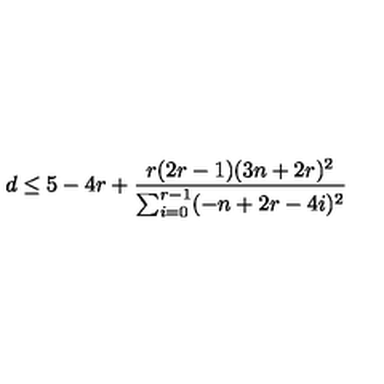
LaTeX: d \leq 5 - 4 r + \frac { r ( 2 r - 1 ) ( 3 n + 2 r ) ^ { 2 } } { \sum _ { i = 0 } ^ { r - 1 } ( - n + 2 r - 4 i ) ^ { 2 } }